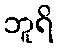
ဘူရိ